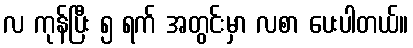
လ ကုန်ပြီး ၅ ရက် အတွင်းမှာ လစာ ပေးပါတယ်။